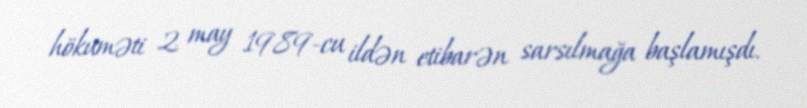
hökuməti 2 may 1989-cu ildən etibarən sarsılmağa başlamışdı.